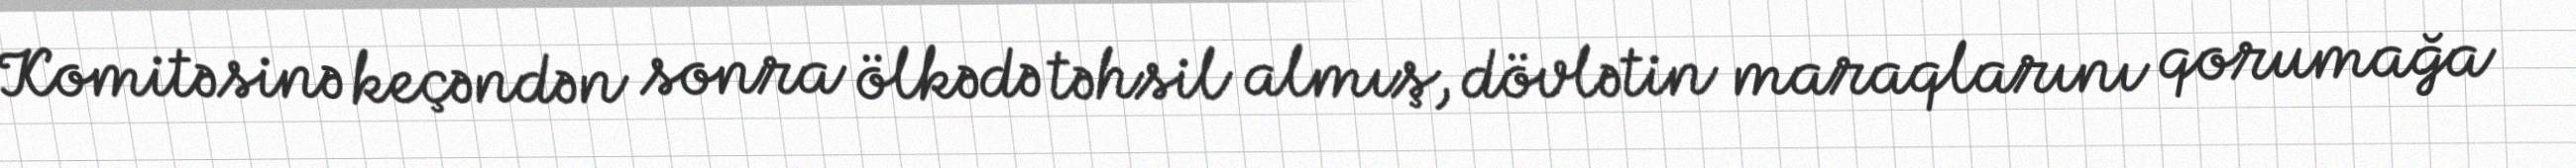
Komitəsinə keçəndən sonra ölkədə təhsil almış, dövlətin maraqlarını qorumağa